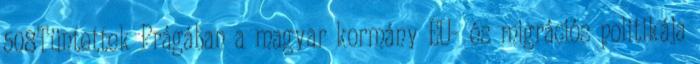
508Tüntettek Prágában a magyar kormány EU- és migrációs politikája